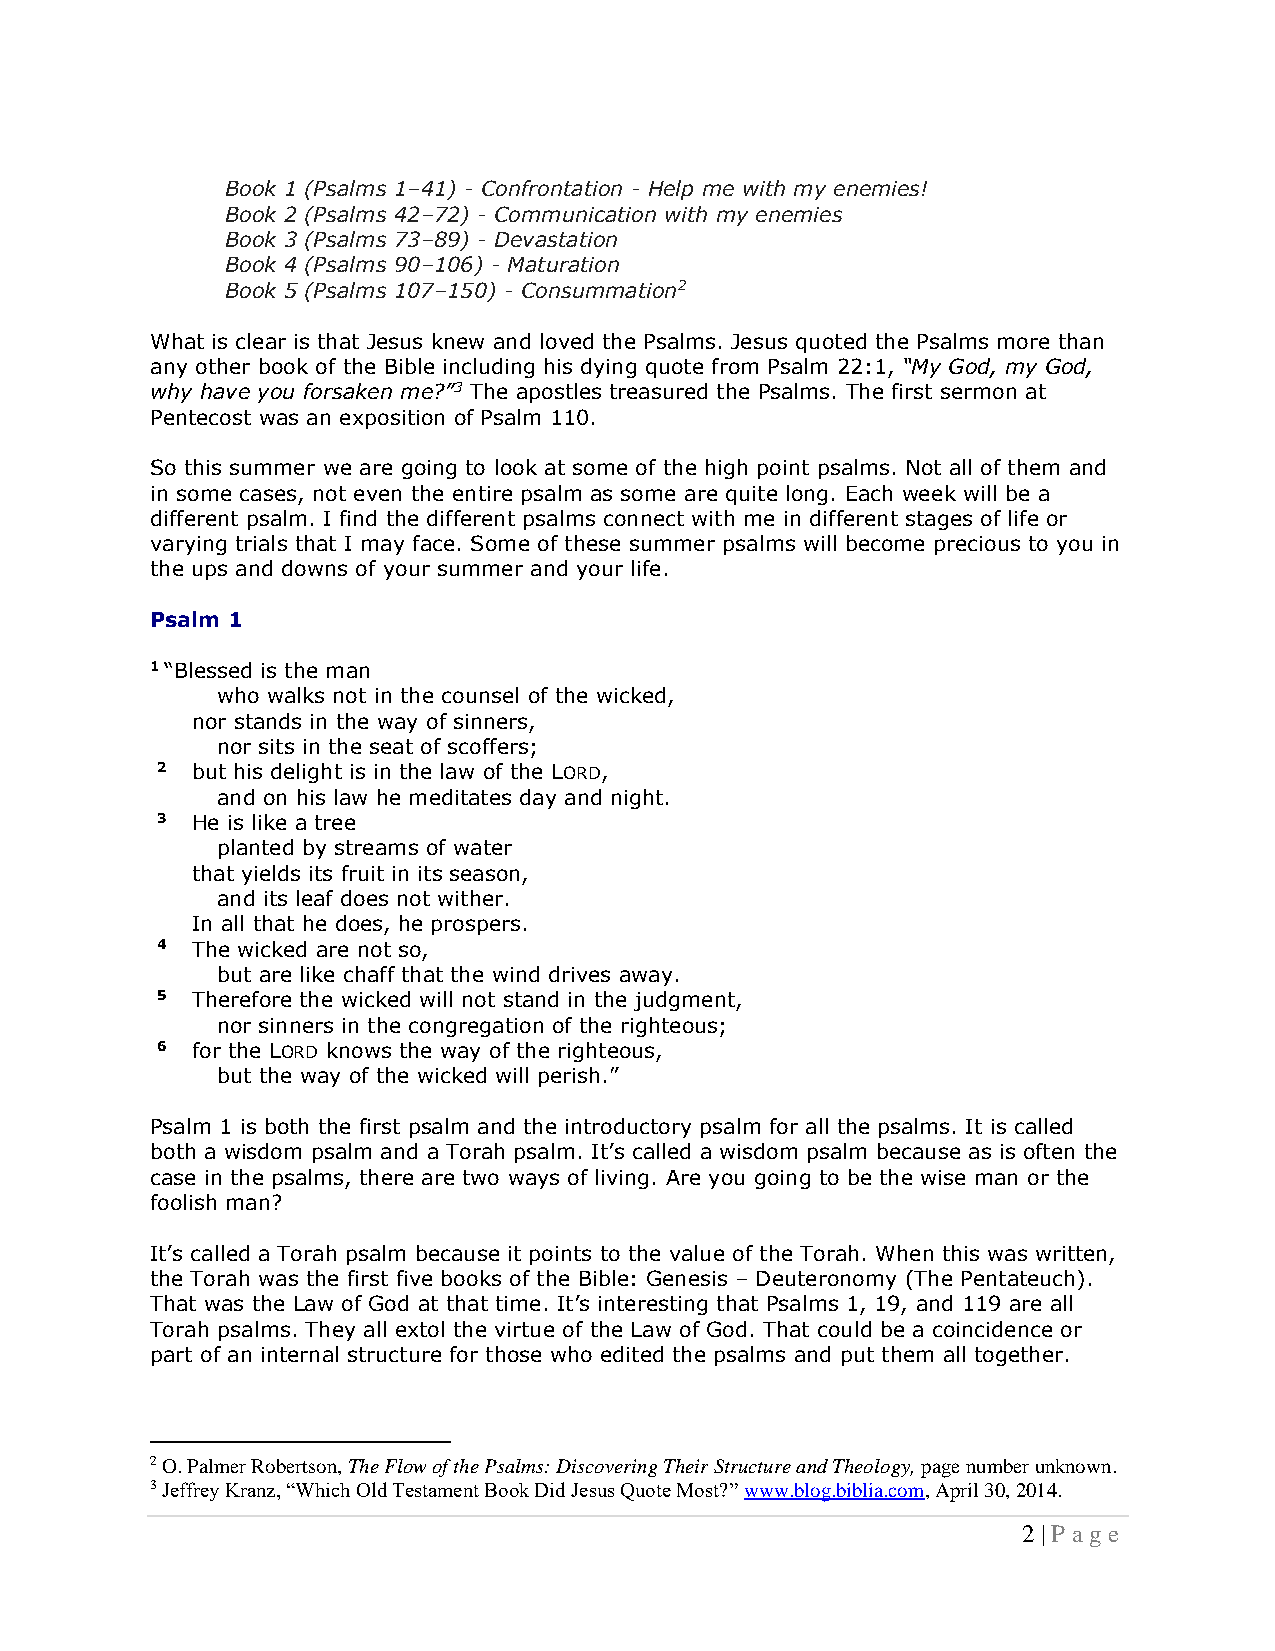
Book 1 (Psalms 1–41) - Confrontation - Help me with my enemies!
 Book 2 (Psalms 42–72) - Communication with my enemies
 Book 3 (Psalms 73–89) - Devastation
 Book 4 (Psalms 90–106) - Maturation
 Book 5 (Psalms 107–150) - Consummation2
 What is clear is that Jesus knew and loved the Psalms. Jesus quoted the Psalms more than
 any other book of the Bible including his dying quote from Psalm 22:1, “My God, my God,
 why have you forsaken me?”3 The apostles treasured the Psalms. The first sermon at
 Pentecost was an exposition of Psalm 110.
 So this summer we are going to look at some of the high point psalms. Not all of them and
 in some cases, not even the entire psalm as some are quite long. Each week will be a
 different psalm. I find the different psalms connect with me in different stages of life or
 varying trials that I may face. Some of these summer psalms will become precious to you in
 the ups and downs of your summer and your life.
 Psalm 1
 1 “Blessed is the man
 who walks not in the counsel of the wicked,
 nor stands in the way of sinners,
 nor sits in the seat of scoffers;
 2  but his delight is in the law of the LORD,
 and on his law he meditates day and night.
 3  He is like a tree
 planted by streams of water
 that yields its fruit in its season,
 and its leaf does not wither.
 In all that he does, he prospers.
 4  The wicked are not so,
 but are like chaff that the wind drives away.
 5  Therefore the wicked will not stand in the judgment,
 nor sinners in the congregation of the righteous;
 6  for the LORD knows the way of the righteous,
 but the way of the wicked will perish.”
 Psalm 1 is both the first psalm and the introductory psalm for all the psalms. It is called
 both a wisdom psalm and a Torah psalm. It’s called a wisdom psalm because as is often the
 case in the psalms, there are two ways of living. Are you going to be the wise man or the
 foolish man?
 It’s called a Torah psalm because it points to the value of the Torah. When this was written,
 the Torah was the first five books of the Bible: Genesis – Deuteronomy (The Pentateuch).
 That was the Law of God at that time. It’s interesting that Psalms 1, 19, and 119 are all
 Torah psalms. They all extol the virtue of the Law of God. That could be a coincidence or
 part of an internal structure for those who edited the psalms and put them all together.
 2 O. Palmer Robertson, The Flow of the Psalms: Discovering Their Structure and Theology, page number unknown.
 3 Jeffrey Kranz, “Which Old Testament Book Did Jesus Quote Most?” www.blog.biblia.com, April 30, 2014.
 2 | P a ge